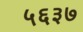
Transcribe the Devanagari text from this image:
५६३७